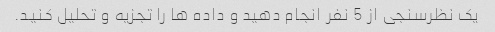
یک نظرسنجی از 5 نفر انجام دهید و داده ها را تجزیه و تحلیل کنید.